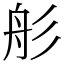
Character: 䑣